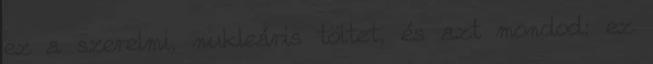
ez a szerelmi, nukleáris töltet, és azt mondod: ez